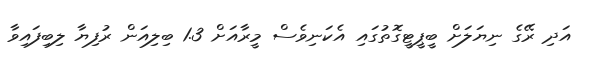
އަދި ރޭގެ ނިޔަލަށް ބީޕީޓީގޮތުގައި އެކަނިވެސް މީރާއަށް 1.3 ބިލިއަން ރުފިޔާ ލިބިފައިވާ